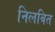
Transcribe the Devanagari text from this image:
निलबित